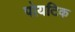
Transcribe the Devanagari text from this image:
पोयटिक